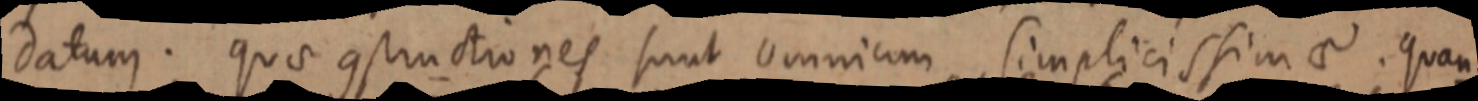
datum. quae constructiones sunt omnium simplicissimae. quan